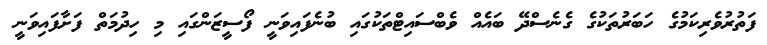
ފަތުރުވެރިކަމުގެ ހަބަރުތަކުގެ ގެނެސްދޭ ބައެއް ވެބްސައިޓްތަކުގައި ބުނެފައިވަނީ ފޯސީޒަންގައި މި ހިދުމަތް ފަށާފައިވަނީ